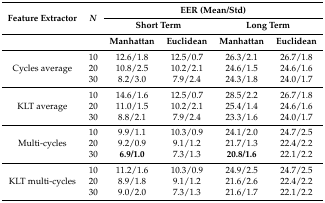
| <ROWSPAN=2> Feature Extractor | <ROWSPAN=2> N | <COLSPAN=4> EER (Mean/Std) |
 | <COLSPAN=2> Short Term | <COLSPAN=2> Long Term |
 |  |  | Manhattan | Euclidean | Manhattan | Euclidean |
 | --- | --- | --- | --- | --- | --- |
 | <ROWSPAN=3> Cycles average | 10 | 12.6/1.8 | 12.5/0.7 | 26.3/2.1 | 26.7/1.8 |
 | 20 | 10.8/2.5 | 10.2/2.1 | 24.6/1.5 | 24.6/1.6 |
 | 30 | 8.2/3.0 | 7.9/2.4 | 24.3/1.8 | 24.0/1.7 |
 | <ROWSPAN=3> KLT average | 10 | 14.6/1.6 | 12.5/0.7 | 28.5/2.2 | 26.7/1.8 |
 | 20 | 11.0/1.5 | 10.2/2.1 | 25.4/1.4 | 24.6/1.6 |
 | 30 | 8.8/2.1 | 7.9/2.4 | 23.3/1.6 | 24.0/1.7 |
 | <ROWSPAN=3> Multi-cycles | 10 | 9.9/1.1 | 10.3/0.9 | 24.1/2.0 | 24.7/2.5 |
 | 20 | 9.2/0.9 | 9.1/1.2 | 21.7/1.3 | 22.4/2.2 |
 | 30 | 6.9/1.0 | 7.3/1.3 | 20.8/1.6 | 22.1/2.2 |
 | <ROWSPAN=3> KLT multi-cycles | 10 | 11.2/1.6 | 10.3/0.9 | 24.9/2.5 | 24.7/2.5 |
 | 20 | 8.9/1.8 | 9.1/1.2 | 21.6/2.6 | 22.4/2.2 |
 | 30 | 9.0/2.0 | 7.3/1.3 | 21.6/1.7 | 22.1/2.2 |